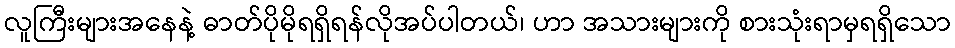
လူကြီးများအနေနဲ့ ဓာတ်ပိုမိုရရှိရန်လိုအပ်ပါတယ်၊ ဟာ အသားများကို စားသုံးရာမှရရှိသော